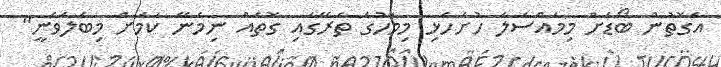
އެގޮތުން ބޯޑަށް މިމައްސަލަ ހުށަހެޅި މިމަހުގެ ތެރޭގައި ގޮތެއް ނިމެނޭ ކަމަށް މިބެލެވެނީ"